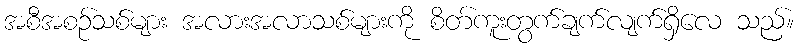
အစီအစဉ်သစ်များ အလားအလာသစ်များကို စိတ်ကူးတွက်ချက်လျက်ရှိလေ သည်။